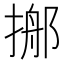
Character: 𢰓